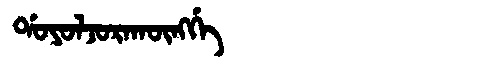
Manchu: ᡩᠣᠶᠣᠯᠵᠣᡵᠠᡴᡡᠩᡤᡝ
Romanization: DOYOLJORAKŪNGGE